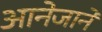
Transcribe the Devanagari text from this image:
आनेजाने